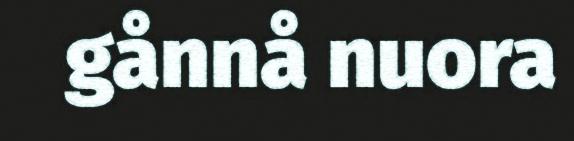
gånnå nuora